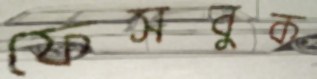
ফেসবুক